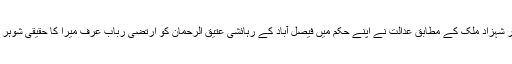
نامہ نگار شہزاد ملک کے مطابق عدالت نے اپنے حکم میں فیصل آباد کے رہائشی عتیق الرحمان کو ارتضی رباب عرف میرا کا حقیقی شوہر قرار دیا۔